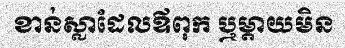
ខាន់ស្លាដែលឪពុក ឬម្តាយមិន